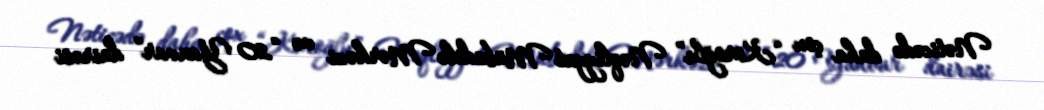
Nəticədə daha çox “Koroğlu” Nəqliyyat Mübadilə Mərkəzi və “20 Yanvar” dairəsi